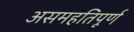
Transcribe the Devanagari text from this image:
असमहतिपूर्ण